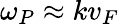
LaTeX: \omega_{P}\approx kv_{F}